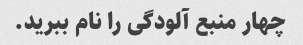
چهار منبع آلودگی را نام ببرید.